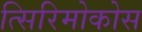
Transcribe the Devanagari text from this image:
त्सिरिमोकोस